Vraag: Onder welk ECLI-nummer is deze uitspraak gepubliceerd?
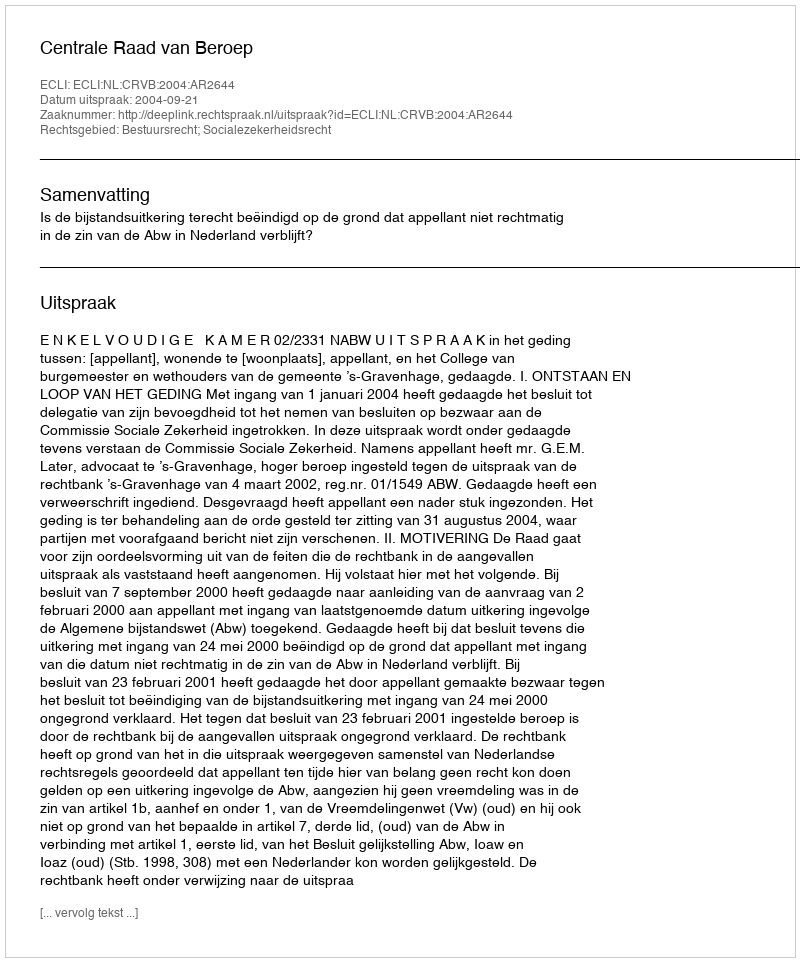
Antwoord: ECLI:NL:CRVB:2004:AR2644